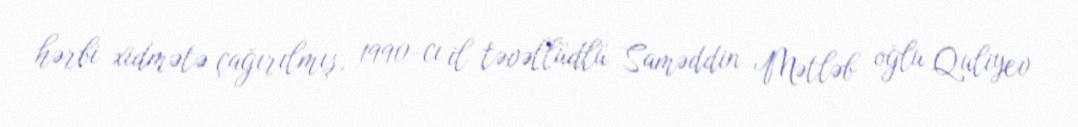
hərbi xidmətə çağırılmış, 1990-cı il təvəllüdlü Saməddin Mətləb oğlu Quliyev